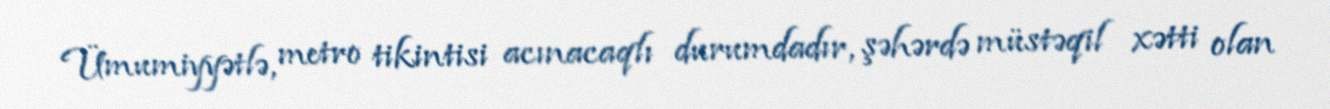
Ümumiyyətlə, metro tikintisi acınacaqlı durumdadır, şəhərdə müstəqil xətti olan